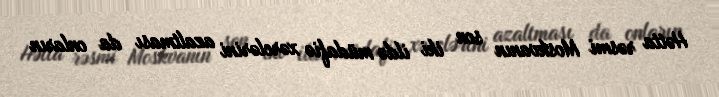
Hətta rəsmi Moskvanın son iki ildə müdafiə xərclərini azaltması da onların